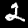
Digit: 2